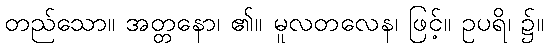
တည်သော။ အတ္တနော၊ ၏။ မူလတလေန၊ ဖြင့်။ ဥပရိ၊ ၌။